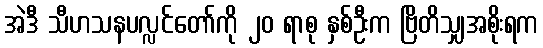
အဲဒီ သီဟသနပလ္လင်တော်ကို ၂၀ ရာစု နှစ်ဦးက ဗြိတိသျှအစိုးရက